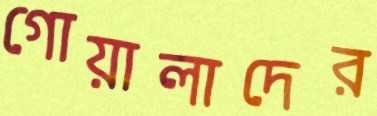
গোয়ালাদের